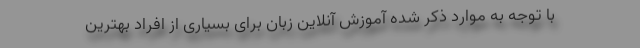
با توجه به موارد ذکر شده آموزش آنلاین زبان برای بسیاری از افراد بهترین